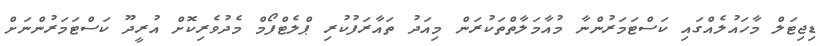
ޑިޖިޓަލް މާހައުލެއްގައި ކަސްޓަމަރުންނާ މުއާމަލާތްތަކުރަން މިއަދު ތައާރަފުކުރި ޕްލެޓްފޯމް މެދުވެރިކޮށް އުރީދޫ ކަސްޓަމަރުންނަށް